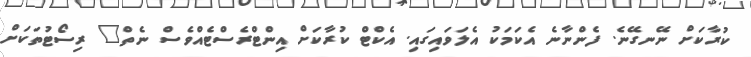
ކުރާކަށް ނޭނގޭނެ. ފެންނާނެ އެކަމަކު އެލަވައިގައި. އެކްޓް ކުރާކަށް އިންޓްރެސްޓެއްވެސް ނެތް" ރިސޯޓުތަކަށް